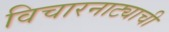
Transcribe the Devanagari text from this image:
विचारनाट्याची